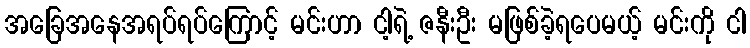
အခြေအနေအရပ်ရပ်ကြောင့် မင်းဟာ ငါ့ရဲ့ ဇနီးဦး မဖြစ်ခဲ့ရပေမယ့် မင်းကို ငါ